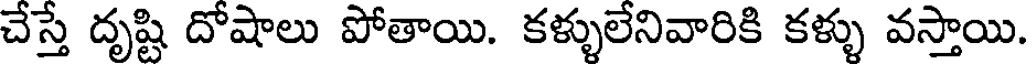
చేస్తే దృష్టి దోషాలు పోతాయి. కళ్ళులేనివారికి కళ్ళు వస్తాయి.